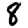
Digit: 8